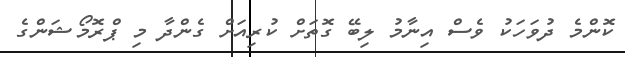
ކޮންމެ ދުވަހަކު ވެސް އިނާމު ލިބޭ ގޮތަށް ކުރިއަށް ގެންދާ މި ޕްރޮމޯޝަންގެ